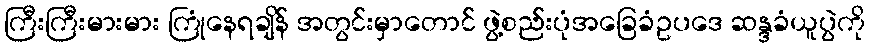
ကြီးကြီးမားမား ကြုံနေရချိန် အတွင်းမှာတောင် ဖွဲ့စည်းပုံအခြေခံဥပဒေ ဆန္ဒခံယူပွဲကို